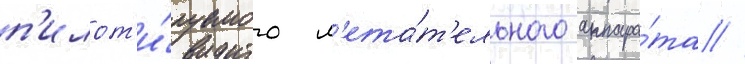
п'илот'и́руемого л'ета́т'ельного аппара́та //